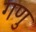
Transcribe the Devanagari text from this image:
गणु